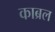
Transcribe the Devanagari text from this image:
काब्रल